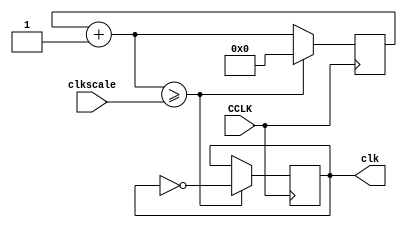
// Basys Board and Spartan-3E Starter Board
// Crystal Clock Oscillator  clkosc.v

module clock(input CCLK, input [31:0] clkscale, output reg clk);
									// CCLK crystal clock oscillator 50 MHz
reg [31:0] clkq = 0;			// clock register, initial value of 0
	
always@(posedge CCLK)
	begin
		clkq=clkq+1;			// increment clock register
			if (clkq>=clkscale)  	// clock scaling
				begin
					clk=~clk;	// output clock
					clkq=0;		// reset clock register
				end
	 end

endmodule